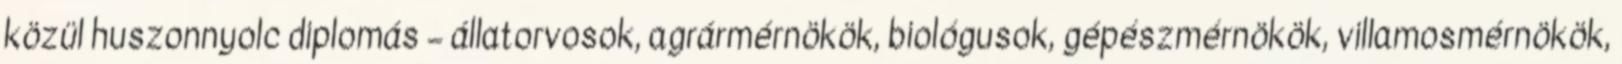
közül huszonnyolc diplomás – állatorvosok, agrármérnökök, biológusok, gépészmérnökök, villamosmérnökök,